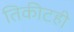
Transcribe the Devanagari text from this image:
तिकीटही